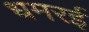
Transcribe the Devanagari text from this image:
धमरई